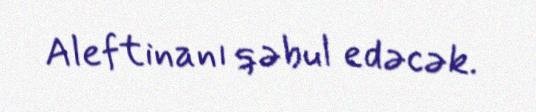
Aleftinanı qəbul edəcək.